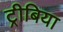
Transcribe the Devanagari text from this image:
ट्रीबिया